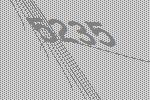
5235